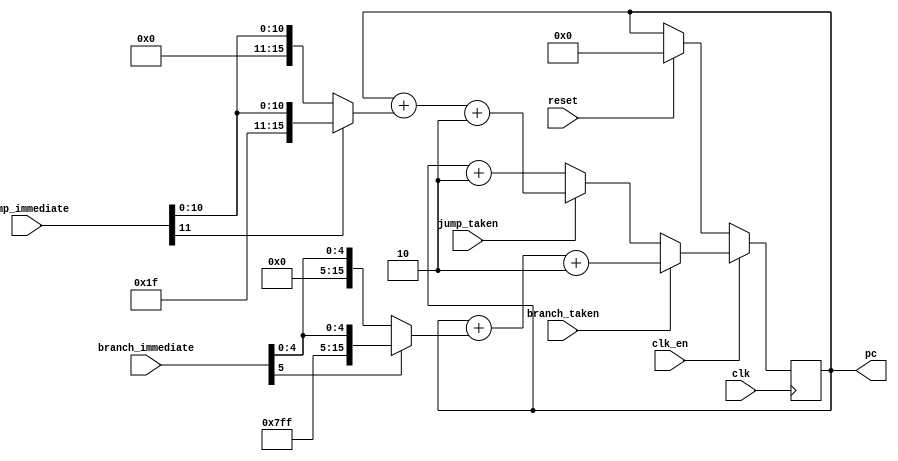
`timescale 1ns/1ns

`define NOP 4'b0000
`define ARITH_2OP 4'b0001
`define ARITH_1OP 4'b0010
`define MOVI 4'b0011
`define ADDI 4'b0100
`define SUBI 4'b0101
`define LOAD 4'b0110
`define STOR 4'b0111
`define BEQ 4'b1000
`define BGE 4'b1001
`define BLE 4'b1010
`define BC 4'b1011
`define J 4'b1100
`define JL 4'b1101
`define INT 4'b1110
`define CONTROL 4'b1111

`define ADD 3'b000
`define ADDC 3'b001
`define SUB 3'b010
`define SUBB 3'b011
`define AND 3'b100
`define OR 3'b101
`define XOR 3'b110
`define XNOR 3'b111

`define NOT 3'b000
`define SHIFTL 3'b001
`define SHIFTR 3'b010
`define CP 3'b011

`define INT_DISABLE 2'b00
`define INT_ENABLE 2'b01 
`define INT_TRIGGER 2'b10

`define RETURN 12'b000000000000
`define STC    12'b000000000001
`define STB    12'b000000000010
`define RESET  12'b101010101010
`define HALT   12'b111111111111


/*
 * Module: program_counter
 * Description: Program counter.
 *              Increments by instruction word (2 bytes) every cycle unless halted.
 *              Changes to the input program counter if a branch or jump is valid. 
 */
module program_counter (
		input clk,
		input clk_en,
		input reset,
		
		output reg [15:0] pc,
		
		input branch_taken,
		input [5:0] branch_immediate, // Needs to be sign extended
		
		input jump_taken,
		input [11:0] jump_immediate // Needs to be sign extended
);

	wire [15:0] signext_branch_imm; 
	wire [15:0] signext_jump_imm; 
	
	reg [15:0] pc_next;
		
	// STEP 4: Sign extend branch_immediate and jump_immediate
	assign signext_branch_imm = branch_immediate[5] ? {10'b1111111111, branch_immediate} : {10'b0, branch_immediate};
	assign signext_jump_imm = jump_immediate[11] ? {4'b1111, jump_immediate} : {4'b0, jump_immediate};
		
	initial 
		pc <= 16'h0;
		
	always @(*) begin
		// STEP 4 : Logic for pc_next
		if (branch_taken)
			pc_next = pc + signext_branch_imm + 2;
		else if (jump_taken)
			pc_next = pc + signext_jump_imm + 2;
		else
			pc_next = pc + 2;
	end

	always @(posedge clk) begin
		if (reset)
			pc <= 16'h0;
		if (clk_en) begin
			pc <= pc_next;
		end
	end
endmodule


 /*
 * Module: instruction_decode
 * Description: Decodes the instruction. 
 *		Fields corresponding to Register numbers, ALU operation specifier, and Immediate data must be extracted.
 *		The 1-bit signal corresponding to the instruction must be asserted TRUE.
 *              All logic should be combinational.
 */
module instruction_decode (
	input [15:0] instruction,
	
	output [2:0] alu_func,
	
	output [2:0] destination_reg,
	output [2:0] source_reg1,
	output [2:0] source_reg2,
	
	output [11:0] immediate,
	
	output arith_2op,
	output arith_1op, 
	
	output movi_lower,
	output movi_higher,
	
	output addi,
	output subi,
	
	output load,
	output store,
	
	output branch_eq,
	output branch_ge,
	output branch_le,
	output branch_carry,
	
	output jump,
	
	output stc_cmd,
	output stb_cmd,
	output halt_cmd,
	output rst_cmd
);
	wire [3:0] op_code;
	wire branchinstr;
    assign branchinstr = branch_eq | branch_ge | branch_le | branch_carry;
	assign op_code = instruction[15:12];

	assign alu_func = instruction[2:0];
	assign destination_reg = instruction[11:9];
	assign source_reg1 = branchinstr ? instruction[11:9] : instruction[8:6];
	assign source_reg2 = branchinstr ? instruction[8:6] : instruction[5:3];
//	assign source_reg2 = ~op_code[3] ? instruction[5:3] : instruction[8:6];
	assign immediate = instruction[11:0];

	assign arith_1op = (op_code == `ARITH_1OP);
	assign arith_2op = (op_code == `ARITH_2OP);
	assign movi_lower = ((op_code == `MOVI) && ~instruction[8]);
	assign movi_higher = ((op_code == `MOVI) && instruction[8]);
	assign addi = (op_code == `ADDI);
	assign subi = (op_code == `SUBI);
	assign load = (op_code == `LOAD);
	assign store = (op_code == `STOR);
	assign branch_eq = (op_code == `BEQ);
	assign branch_ge = (op_code == `BGE);
	assign branch_le = (op_code == `BLE);
	assign branch_carry = (op_code == `BC);
	assign jump = (op_code == `J);
	assign stc_cmd = (op_code == `CONTROL && immediate == `STC);
	assign stb_cmd = (op_code == `CONTROL && immediate == `STB);
	assign halt_cmd = (op_code == `CONTROL && immediate == `HALT);
	assign rst_cmd = (op_code == `CONTROL && immediate == `RESET);
		
endmodule




/*
 * Module: reg_file
 * Description: Register file
 */
module reg_file (
	input clk,
	input clk_en,
	input reset,
	
	// Source Register data for 1 and 2 register operations
	input [2:0] source_reg2,
	input [2:0] source_reg1,
	output [15:0] reg1_data,
	output [15:0] reg2_data,
	
	// Destination register and write back command/data for operations that write to a register
	input [2:0] destination_reg,
	input wr_destination_reg,
	input  [15:0] dest_result_data,
	
	// Source register data for STORE operations. Indexed on destination_reg input
	output [15:0] regD_data, 
	
	// Move immediate commands and data.
	input       movi_lower,
	input       movi_higher,
	input [7:0] immediate
);
		
	// STEP 2 - Registers
	reg [15:0] registers [7:0];

	integer i;

	always@(posedge clk) begin
	    if (reset) begin
			for (i = 0; i < 8; i = i+1) begin
				registers[i] <= 16'b0;
			end
		end
		else begin
            if (wr_destination_reg && clk_en) begin
                if (movi_lower) begin
                    registers[destination_reg][7:0] <= immediate;
                end
                else if (movi_higher) begin
                    registers[destination_reg][15:8] <= immediate;
                end
                else begin
                    registers[destination_reg] <= dest_result_data;
                end
    
            end
		end
	end
	
	assign reg1_data = registers[source_reg1];
    assign reg2_data = registers[source_reg2];
    assign regD_data = registers[destination_reg];
	
endmodule


/*
 * Module: alu
 * Description: Arithmetic Logic Unit
 *              This module contains the circuits that perform arithmetic and logic operations for the processor, and is used for the following functions:
 *              - 2 Operand Arithmetic/Logic operations:
 *                  Add, Add with Carry, Subtract, Subtract with Borrow, bitwise AND/OR/XOR/XNOR
 *              - 1 Operand Arithmetic/Logic operations:
 *                  Bitwise NOT, Shift Left, Shift Right, Register Copy
 *              - Add immediate (no carry bit)
 *              - Subtract immediate (no borrow bit)
 *              - Load and Store (Address addition - effectively the same to the ALU as Add immediate)
 *              This module does not contain the adder for the Program Counter, nor does it have the comparator logic for branches
 */
module alu (
	input        clk,
	input        clk_en,
	input        reset,
	
	input        arith_1op,
	input        arith_2op,
	input [2:0]  alu_func,
	input        addi,
	input        subi,
	input        load_or_store,
	input [15:0] reg1_data,
	input [15:0] reg2_data,
	input  [5:0] immediate,
	
	input        stc_cmd,
	input        stb_cmd,
	
	output reg        alu_carry_bit,
	output     [15:0] alu_result
);
	// Carry and Borrow bits are used for math that exceeds 16-bits, to carry or borrow a bit from one operation to the next.
	// ONLY use the carry/borrow bit for ADDC or SUBB, respectively
	// SET the carry/borrow bit for any ADD/ADDI/ADDC/STC or SUB/SUBI/SUBB/STB instruction
	
	reg alu_borrow_bit;
	
	// The full ALU result, including the extra bit for overflow or underflow. Overflow/underflow bit used for carry/borrow
	
	reg [16:0] full_result; 

	// STEP 3 - ALU

	always@(*) begin
	   full_result = 17'b0;
		if (arith_2op) begin
			case (alu_func)
				`ADD: full_result = reg1_data + reg2_data;
				`ADDC: full_result = reg1_data + reg2_data + alu_carry_bit;
				`SUB: full_result = reg1_data - reg2_data;
				`SUBB: full_result = reg1_data - reg2_data - alu_borrow_bit;
				`AND: full_result = reg1_data & reg2_data;
				`OR: full_result = reg1_data | reg2_data;
				`XOR: full_result = reg1_data ^ reg2_data;
				`XNOR: full_result = reg1_data ~^ reg2_data;
			endcase
		end	
		else if (arith_1op) begin
			case (alu_func)
				`NOT: full_result = ~reg1_data;
				`SHIFTL: full_result = reg1_data << 1;
				`SHIFTR: full_result = reg1_data >> 1;
				`CP: full_result = reg1_data;
			endcase
		end
		else  if (addi | load_or_store)
			full_result = reg1_data + immediate;
		 if (subi)
			full_result = reg1_data - immediate;
	end
	
	always@(posedge clk) begin
            if (reset) begin
                alu_carry_bit <= 1'b0;
                alu_borrow_bit <= 1'b0;
            end
            else begin
                if (clk_en) begin
                    if (stc_cmd)
                        alu_carry_bit <= 1'b1;
                    else if (addi | ( (alu_func == `ADDC | alu_func == `ADD) && arith_2op))
                        alu_carry_bit <= full_result[16];
                    if (stb_cmd)
                        alu_borrow_bit <= 1'b1;
                    else if (subi || ((alu_func[2:1] == 2'b01) && arith_2op))
                        alu_borrow_bit <= full_result[16];
                end
            end
        end
	
	assign alu_result = full_result[15:0];
	
endmodule



/*
 * Module: branch comparator
 * Description: Branch comparator. Given a set of operands (register values or machine state, as in BranchOnCarryBit), 
 *              outputs a single flag that is true only if both the current instruction is a branch operation and the branch should be taken.
 */
module branch_comparator (
	input branch_eq,
	input branch_ge,
	input branch_le,
	input branch_carry,
	input [15:0] reg1_data,
	input [15:0] reg2_data,
	input alu_carry_bit,
	output reg branch_taken);
	
	
	// TEMP
	initial
	 branch_taken = 1'b0;
	
	// STEP 4: branch logic
	always@(*) begin
		branch_taken = (branch_eq && (reg1_data == reg2_data)) || (branch_ge && (reg1_data >= reg2_data)) 
			|| (branch_le && (reg1_data <= reg2_data)) || (branch_carry && alu_carry_bit);
	end
endmodule